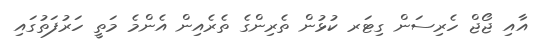
އާއި ޖޯޖް ހެރިސަން ގިޓަރ ކުޅުން ތެރިންގެ ތެރެއިން އެންމެ މަތީ ހަރުފަތުގައި